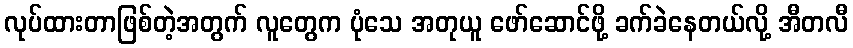
လုပ်ထားတာဖြစ်တဲ့အတွက် လူတွေက ပုံသေ အတုယူ ဖော်ဆောင်ဖို့ ခက်ခဲနေတယ်လို့ အီတလီ